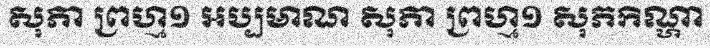
សុភា ព្រហ្ម១ អប្បមាណ សុភា ព្រហ្ម១ សុភកិណ្ហា